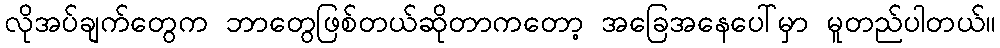
လိုအပ်ချက်တွေက ဘာတွေဖြစ်တယ်ဆိုတာကတော့ အခြေအနေပေါ်မှာ မူတည်ပါတယ်။